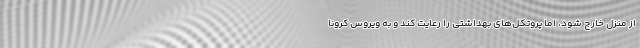
از منزل خارج شود، اما پروتکل‌های بهداشتی را رعایت کند و به ویروس کرونا